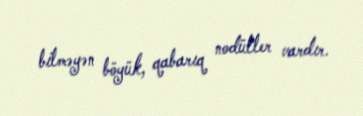
bilməyən böyük, qabarıq nodüller vardır.